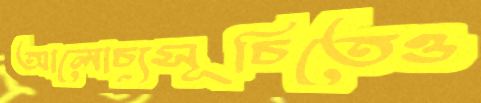
আলোচ্যসূচিতেও